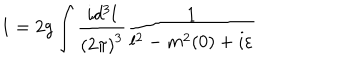
1 = 2 g \int \frac { i d ^ { 3 } l } { { ( 2 \pi ) } ^ { 3 } } \frac { 1 } { l ^ { 2 } - m ^ { 2 } ( 0 ) + i \varepsilon }